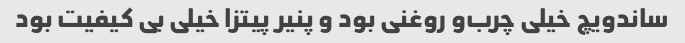
ساندویچ خیلی چرب‌و روغنی بود و پنیر پیتزا خیلی بی کیفیت بود